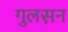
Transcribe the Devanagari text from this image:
गुलस़न